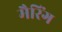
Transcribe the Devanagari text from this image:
मैरिंग